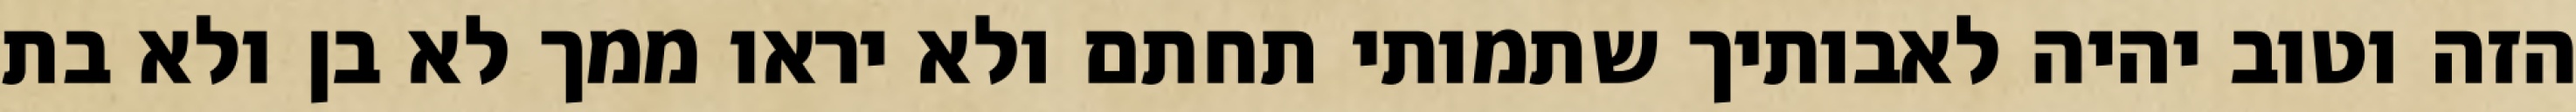
הזה וטוב יהיה לאבותיך שתמותי תחתם ולא יראו ממך לא בן ולא בת